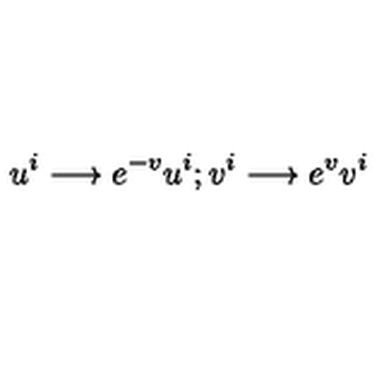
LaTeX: u ^ { i } \longrightarrow e ^ { - v } u ^ { i } ; v ^ { i } \longrightarrow e ^ { v } v ^ { i }